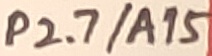
Text: P2.7/A15